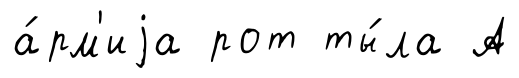
а́рм'иjа рот ты́ла А